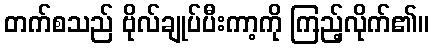
တက်စသည် ဗိုလ်ချုပ်ပီးကာ့ကို ကြည့်လိုက်၏။